Lunatic asylums Burma 1922-24 - 1922-1924
Year: 1922
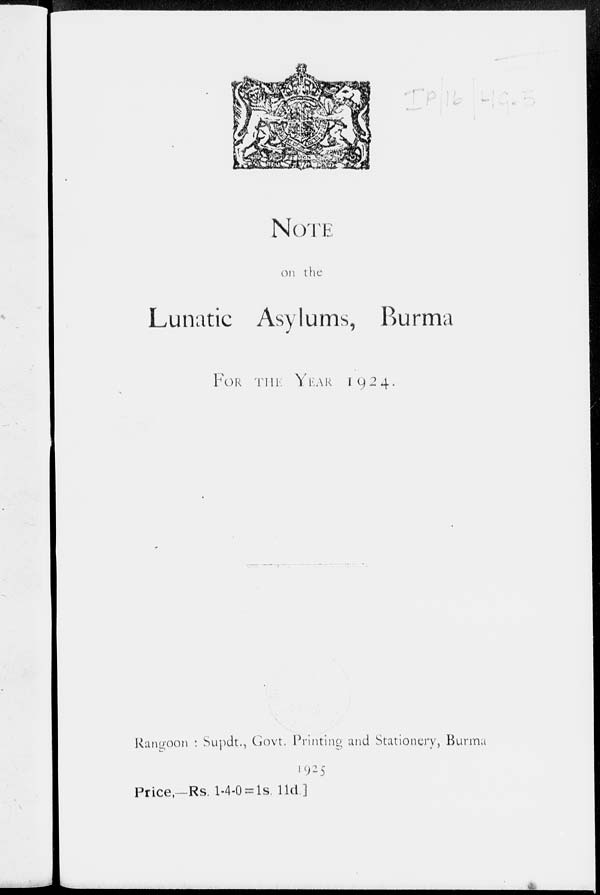
NOTE
on the
Lunatic Asylums, Burma
FOR THE YEAR
1924.
Rangoon : Supdt., Govt. Printing and Stationery, Burma
1925
Price,—Rs. 1-4-0 = 1s. 11d.]